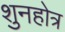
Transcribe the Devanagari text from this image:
शुनहोत्र